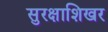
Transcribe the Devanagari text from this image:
सुरक्षाशिखर